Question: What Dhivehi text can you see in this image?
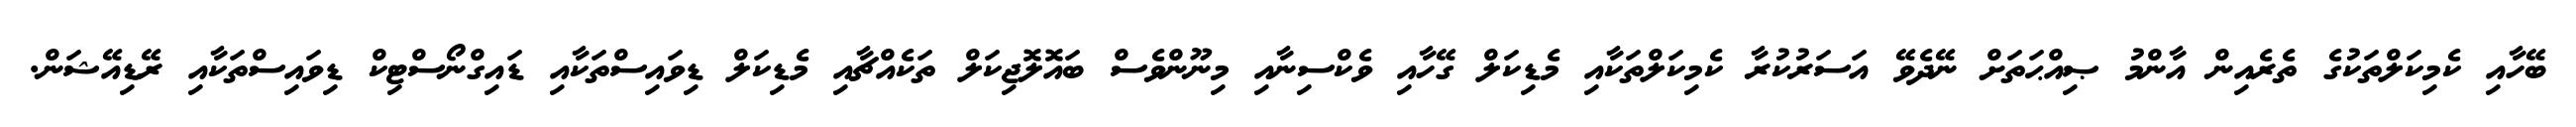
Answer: ބޭހާއި ކެމިކަލްތަކުގެ ތެރެއިން އާންމު ޞިއްޙަތަށް ނޭދެވޭ އަސަރުކުރާ ކެމިކަލްތަކާއި މެޑިކަލް ގޭހާއި ވެކްސިނާއި މިނޫންވެސް ބައޮލޮޖިކަލް ތަކެއްޗާއި މެޑިކަލް ޑިވައިސްތަކާއި ޑައިގްނޯސްޓިކް ޑިވައިސްތަކާއި ރޭޑިއޭޝަން.